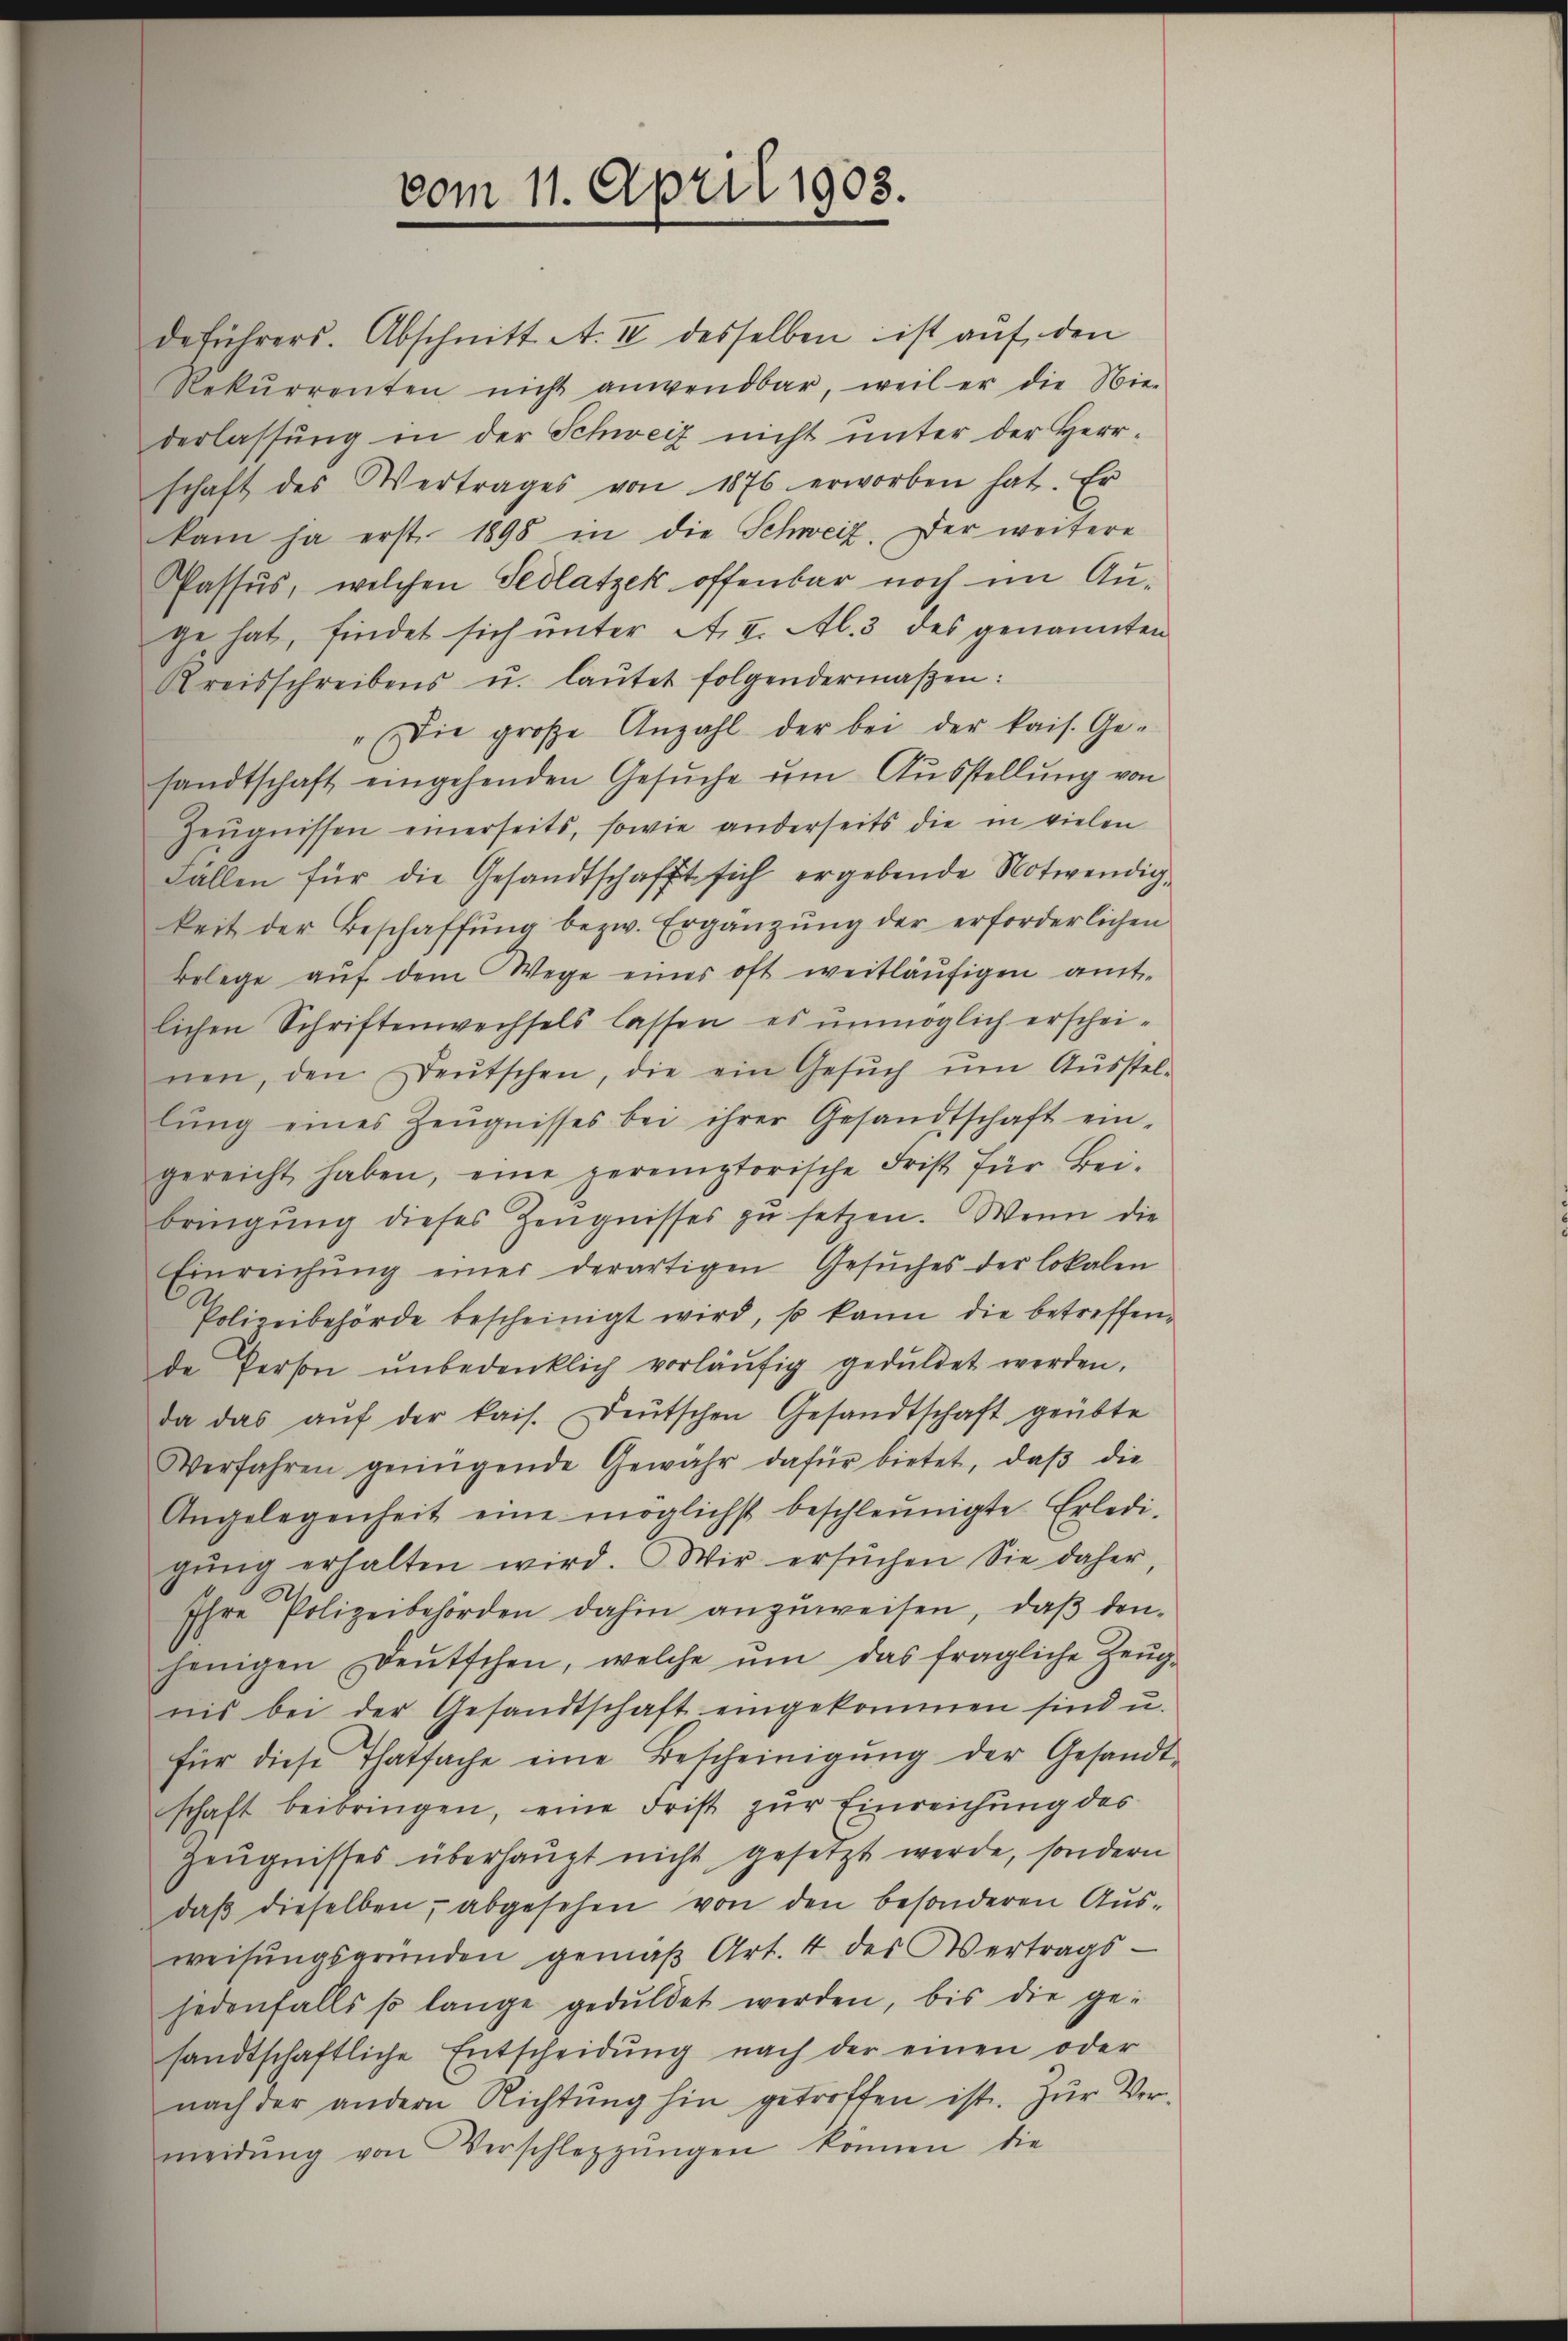
deführers. Abschnitt. A. II desselben ist aŭf den
Rekŭrrenten nicht anwendbar, weil er die Nie-
derlassung in der Schweiz nicht unter der Herr-
schaft des Vertrages von 1876 erworben hat. Er
kam ja erst 1898 in die Schweiz. Der weitere

vom 11. April 1903.

Passus, welchen Sedlatzek offenbar noch im Auge hat, findet sich unter A. I. Al. 3 des genannten
Kreisschreibens u. laŭtet folgendermaßen:
"Die große Anzahl der bei der kais. Ge-
sandtschaft eingehenden Gesŭche ŭm Aŭsstellŭng von
Zeŭgnissen einerseits, sowie anderseits die in vielen
Fallen für die Gesandtschafft sich ergebende Notwendigkeit der Beschaffŭng bezw. Ergänzŭng der erforderlichen
Belege aŭf dem Wege eines oft weitläufigen amt-
lichen Schriftenwechsels lassen, es unmöglich erschei-
nen, den Deutschen, die ein Gesŭch ŭm Aŭsstel-
lŭng eines Zeŭgnisses bei ihrer Gesandtschaft ein-
gereicht haben, eine peremptorische Frist für Bei-
bringŭng dieses Zeŭgnisses zŭ setzen. Wenn die
Einreichŭng einer derartigen Gesŭches der lokalen
Polizeibehörde bescheinigt wird, so kann die betreffende Person unbedenklich vorläŭfig geduldet werden.
da das aŭf der kais. Deutschen Gesandtschaft geübte
Verfahren genügende Gewahr dafür bietet, daβ die
Angelegenheit eine möglichst beschleunigte Erledi-
gŭng erhalten wird. Wir ersŭchen Sie daher,
Ihre Polizeibehörden dahin anzŭweisen, daβ den-
jenigen Deutschen, welche ŭm das fragliche Zeŭg-
nis bei der Gesandtschaft eingekommen sind u.
für diese Thatsache eine Bescheinigŭng der Gesandt-
schaft beibringen, eine Frist zŭr Einreichung des
Zeŭgnisses überhaupt nicht gesetzt werde, sondern
daβ dieselben, abgesehen von den besonderen Aus-
weisungsgründen gemäß Art. 4 des Vertrags-
jedenfalls so lange geduldet werden, bis die ge-
sandtschaftliche Entscheidŭng nach der einen oder
nach der andern Richtŭng hin getroffen ist. Zŭr Ver-
meidŭng von Verschleizŭngen können, die